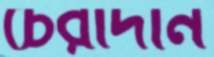
চেরাদান